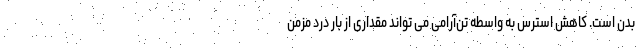
بدن است. کاهش استرس به واسطه تن‌آرامی می تواند مقداری از بار درد مزمن